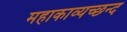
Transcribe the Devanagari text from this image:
महाकाव्यच्छन्द